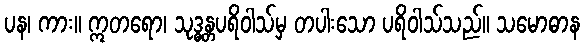
ပန၊ ကား။ ဣတရော၊ သုဒ္ဓန္တပရိဝါသ်မှ တပါးသော ပရိဝါသ်သည်။ သမောဓာန